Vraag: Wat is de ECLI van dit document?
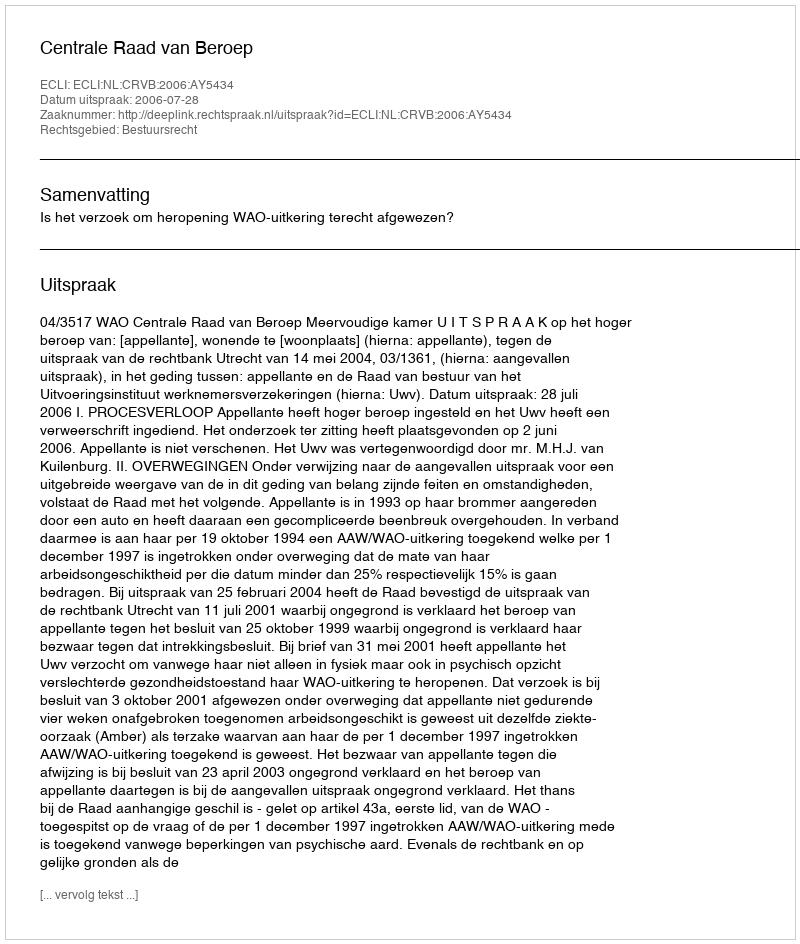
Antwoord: ECLI:NL:CRVB:2006:AY5434